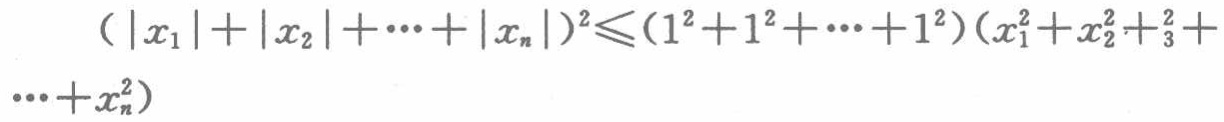
\((|x_1| + |x_2| + \cdots + |x_n|)^2 \leq (1^2 + 1^2 + \cdots + 1^2)(x_1^2 + x_2^2 + x_3^2 + \cdots + x_n^2)\)